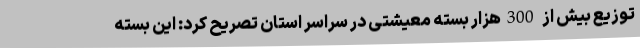
توزیع بیش از 300هزار بسته معیشتی در سراسر استان تصریح کرد: این بسته